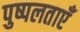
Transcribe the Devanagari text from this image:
पुष्पलताएँ